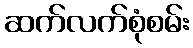
ဆက်လက်စုံစမ်း